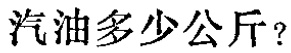
汽油多少公斤？